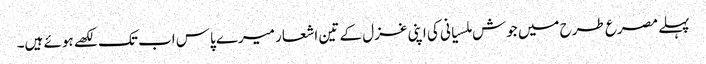
پہلے مصرع طرح میں جوش ملسیانی کی اپنی غزل کے تین اشعار میرے پاس اب تک لکھے ہوئے ہیں۔